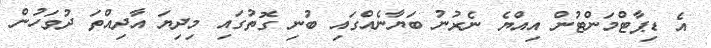
އެ ޑިޕާޓްމަންޓުން އިއްޔެ ނެރުނު ބަޔާނެއްގައި ބުނި ގޮތުގައި މިދިޔަ އާދިއްތަ ދުވަހުން